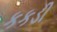
કકડી